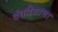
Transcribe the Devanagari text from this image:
दंतवैद्याचा